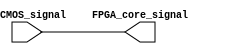
module IO_Buffer (
    input wire LVCMOS_signal,
    output wire FPGA_core_signal
);

assign FPGA_core_signal = LVCMOS_signal;

endmodule